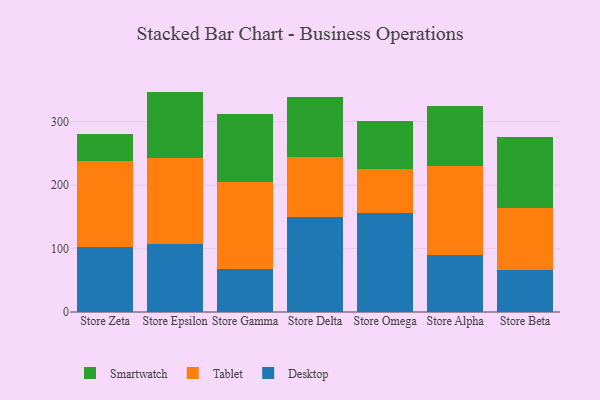
{"axis": {"x": "Store", "y": "Headcount"}, "legend": ["Desktop", "Smartwatch", "Tablet"], "data": [{"x": "Store Zeta", "y": 102.8, "type": "Desktop"}, {"x": "Store Zeta", "y": 135.6, "type": "Tablet"}, {"x": "Store Zeta", "y": 41.8, "type": "Smartwatch"}, {"x": "Store Epsilon", "y": 107.8, "type": "Desktop"}, {"x": "Store Epsilon", "y": 135.4, "type": "Tablet"}, {"x": "Store Epsilon", "y": 104.2, "type": "Smartwatch"}, {"x": "Store Gamma", "y": 67.0, "type": "Desktop"}, {"x": "Store Gamma", "y": 137.5, "type": "Tablet"}, {"x": "Store Gamma", "y": 108.0, "type": "Smartwatch"}, {"x": "Store Delta", "y": 149.6, "type": "Desktop"}, {"x": "Store Delta", "y": 94.7, "type": "Tablet"}, {"x": "Store Delta", "y": 94.0, "type": "Smartwatch"}, {"x": "Store Omega", "y": 155.3, "type": "Desktop"}, {"x": "Store Omega", "y": 70.1, "type": "Tablet"}, {"x": "Store Omega", "y": 75.0, "type": "Smartwatch"}, {"x": "Store Alpha", "y": 90.4, "type": "Desktop"}, {"x": "Store Alpha", "y": 139.3, "type": "Tablet"}, {"x": "Store Alpha", "y": 95.3, "type": "Smartwatch"}, {"x": "Store Beta", "y": 66.4, "type": "Desktop"}, {"x": "Store Beta", "y": 97.8, "type": "Tablet"}, {"x": "Store Beta", "y": 112.1, "type": "Smartwatch"}]}